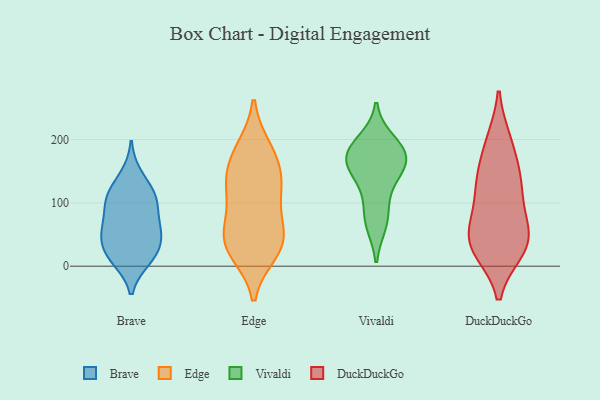
{"axis": {"x": "Bounce Rate (%)", "y": "Value"}, "legend": ["Brave", "DuckDuckGo", "Edge", "Vivaldi"], "data": [{"x": "", "y": 17, "type": "Brave"}, {"x": "", "y": 68, "type": "Brave"}, {"x": "", "y": 108, "type": "Brave"}, {"x": "", "y": 14, "type": "Brave"}, {"x": "", "y": 11, "type": "Brave"}, {"x": "", "y": 143, "type": "Brave"}, {"x": "", "y": 59, "type": "Brave"}, {"x": "", "y": 42, "type": "Brave"}, {"x": "", "y": 60, "type": "Brave"}, {"x": "", "y": 39, "type": "Brave"}, {"x": "", "y": 107, "type": "Brave"}, {"x": "", "y": 100, "type": "Brave"}, {"x": "", "y": 114, "type": "Brave"}, {"x": "", "y": 186, "type": "Edge"}, {"x": "", "y": 58, "type": "Edge"}, {"x": "", "y": 22, "type": "Edge"}, {"x": "", "y": 25, "type": "Edge"}, {"x": "", "y": 110, "type": "Edge"}, {"x": "", "y": 183, "type": "Edge"}, {"x": "", "y": 127, "type": "Edge"}, {"x": "", "y": 149, "type": "Edge"}, {"x": "", "y": 152, "type": "Edge"}, {"x": "", "y": 52, "type": "Edge"}, {"x": "", "y": 51, "type": "Edge"}, {"x": "", "y": 32, "type": "Edge"}, {"x": "", "y": 113, "type": "Edge"}, {"x": "", "y": 115, "type": "Vivaldi"}, {"x": "", "y": 76, "type": "Vivaldi"}, {"x": "", "y": 158, "type": "Vivaldi"}, {"x": "", "y": 183, "type": "Vivaldi"}, {"x": "", "y": 197, "type": "Vivaldi"}, {"x": "", "y": 67, "type": "Vivaldi"}, {"x": "", "y": 181, "type": "Vivaldi"}, {"x": "", "y": 156, "type": "Vivaldi"}, {"x": "", "y": 175, "type": "Vivaldi"}, {"x": "", "y": 154, "type": "Vivaldi"}, {"x": "", "y": 34, "type": "DuckDuckGo"}, {"x": "", "y": 32, "type": "DuckDuckGo"}, {"x": "", "y": 86, "type": "DuckDuckGo"}, {"x": "", "y": 26, "type": "DuckDuckGo"}, {"x": "", "y": 151, "type": "DuckDuckGo"}, {"x": "", "y": 126, "type": "DuckDuckGo"}, {"x": "", "y": 136, "type": "DuckDuckGo"}, {"x": "", "y": 25, "type": "DuckDuckGo"}, {"x": "", "y": 68, "type": "DuckDuckGo"}, {"x": "", "y": 198, "type": "DuckDuckGo"}, {"x": "", "y": 197, "type": "DuckDuckGo"}, {"x": "", "y": 39, "type": "DuckDuckGo"}, {"x": "", "y": 64, "type": "DuckDuckGo"}, {"x": "", "y": 129, "type": "DuckDuckGo"}]}